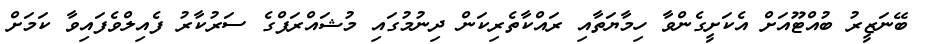
ބޭނަޒީރު ބުއްޓޫއަށް އެކަށީގެންވާ ހިމާޔަތާއި ރައްކާތެރިކަން ދިނުމުގައި މުޝައްރަފްގެ ސަރުކާރު ފެއިލްވެފައިވާ ކަމަށް